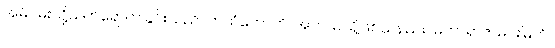
အမိဝမ်းသို့သက်ရောက်ခြင်းသည်။ ကထံဟောတိ၊ အဘယ်သို့ဖြစ်သနည်း။ မဟာရာဇ၊ မင်းမြတ်။